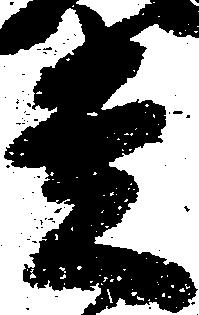
走